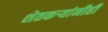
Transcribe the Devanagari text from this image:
शेतकऱ्यांनीही